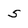
Character: 5